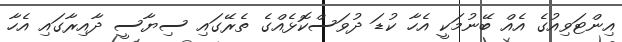
އިންޓަވިއުގެ އެއް ބޭނުމަކީ އެހާ ކުޑަ ދުވަސްކޮޅެއްގެ ތެރޭގައި ސިޔާސީ ދާއިރާގައި އެހާ